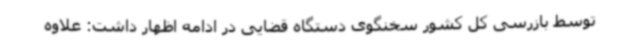
توسط بازرسی کل کشور سخنگوی دستگاه قضایی در ادامه اظهار داشت: علاوه